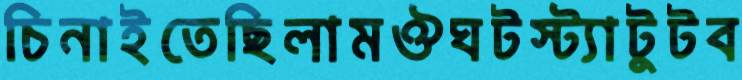
চিনাইতেছিলামঔঘটস্ট্যাটুটব